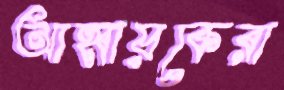
আহ্বায়কেরা